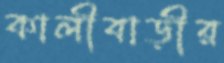
কালীবাড়ীর